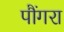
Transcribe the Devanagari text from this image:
पौंगरा